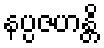
နပ္ပဇဟန္တိ